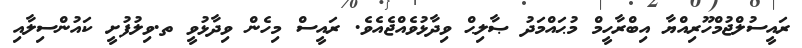
ރައީސުލްޖުމްހޫރިއްޔާ އިބްރާހީމް މުޙައްމަދު ޞާލިޙް ވިދާޅުވެއްޖެއެވެ. ރައީސް މިހެން ވިދާޅުވީ ތ.ވިލުފުށީ ކައުންސިލާއި